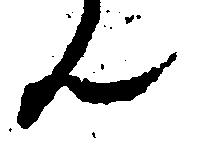
ん